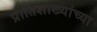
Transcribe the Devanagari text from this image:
प्रातिशाख्यांच्या